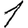
Digit: 1